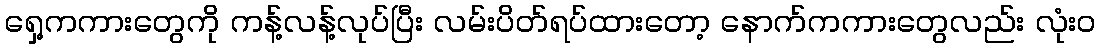
ရှေ့ကကားတွေကို ကန့်လန့်လုပ်ပြီး လမ်းပိတ်ရပ်ထားတော့ နောက်ကကားတွေလည်း လုံးဝ